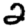
Digit: 2